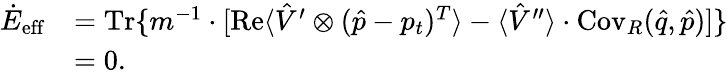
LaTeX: \begin{array}{rl}{\dot{E}_{\mathrm{eff}}}&{=\operatorname{Tr}\{ m^{-1}\cdot\lbrack\operatorname{Re}\langle\hat{V}^{\prime}\otimes(\hat{p}-p_{t})^{T}\rangle-\langle\hat{V}^{\prime\prime}\rangle\cdot\operatorname{Cov}_{R}(\hat{q},\hat{p})]\} }\\ &{=0.}\end{array}